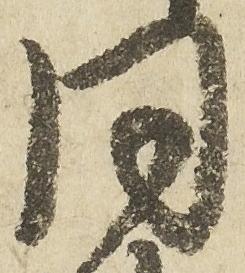
同